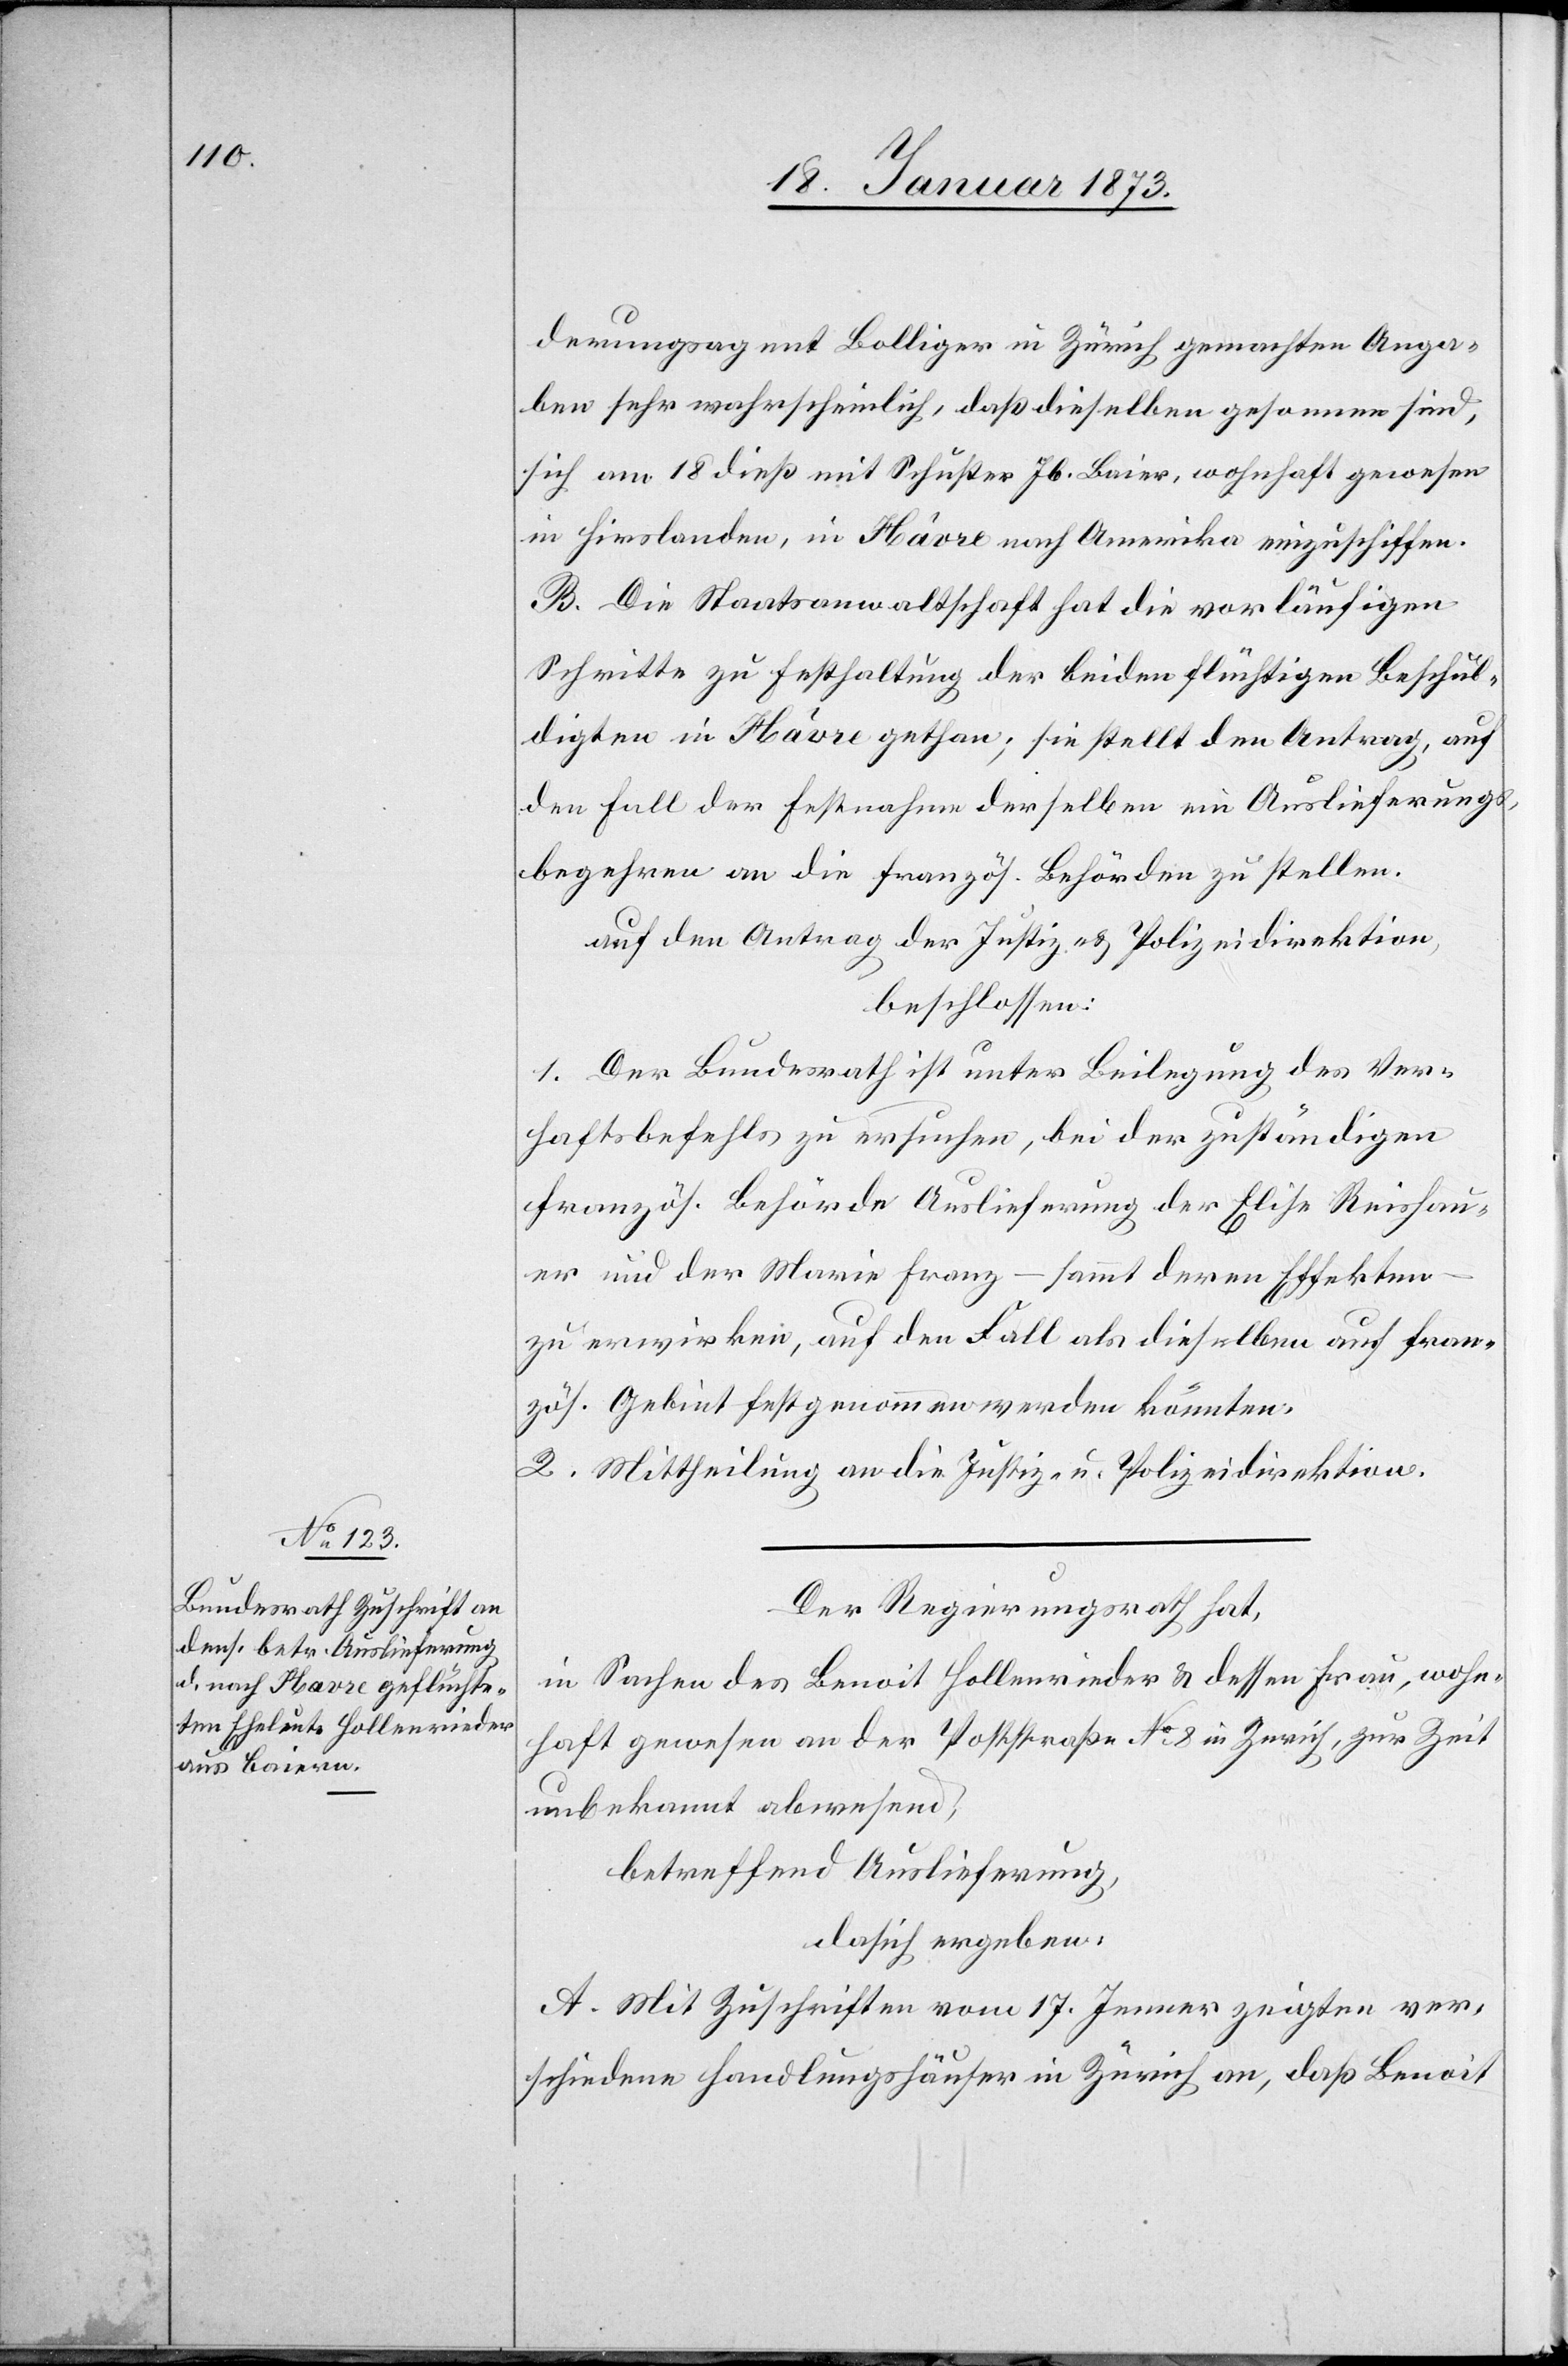
derungsagent Bolliger in Zürich gemachten Anga¬
ben sehr wahrscheinlich, daß dieselben gesonnen sind,
sich am 18. dieß mit Schuster Jb. Baier, wohnhaft gewesen
in Hirslanden, in Hâvre nach Amerika einzuschiffen.
B. Die Staatsanwaltschaft hat die vorläufigen
Schritte zu Festhaltung der beiden flüchtigen Beschä¬
digten in Hâvre gethan; sie stellt den Antrag, auf
den Fall der Festnahme derselben ein Auslieferungs¬
begehren an die französ. Behörden zu stellen.
auf den Antrag der Justiz- u. Polizeidirektion,
beschlossen:
1. Der Bundesrath ist unter Beilegung des Ver¬
haftsbefehls zu ersuchen, bei der zuständigen
französ. Behörde Auslieferung der Elisa Reishau¬
er und der Marie Franz – sammt deren Effekten
zu erwirken, auf den Fall als dieselben auf fran¬
zös. Gebiet festgenommen werden könnten.
2. Mittheilung an die Justiz- u. Polizeidirektion.
Der Regierungsrath hat,
in Sachen des Benoit Hollenrieder u. dessen Frau, wohn¬
haft gewesen an der Poststraße No. 8 in Zürich, zur Zeit
unbekannt abwesend,
da sich ergeben:
A. Mit Zuschrift vom 17. Jenner zeigten ver¬
schiedene Handlungshäuser in Zürich an, daß Benoit